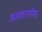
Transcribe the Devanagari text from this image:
अमवास्येस